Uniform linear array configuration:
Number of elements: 32
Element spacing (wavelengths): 0.75
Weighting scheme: blackman
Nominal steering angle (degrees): -45
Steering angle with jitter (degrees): -43.802
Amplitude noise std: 0.05
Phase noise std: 0.05

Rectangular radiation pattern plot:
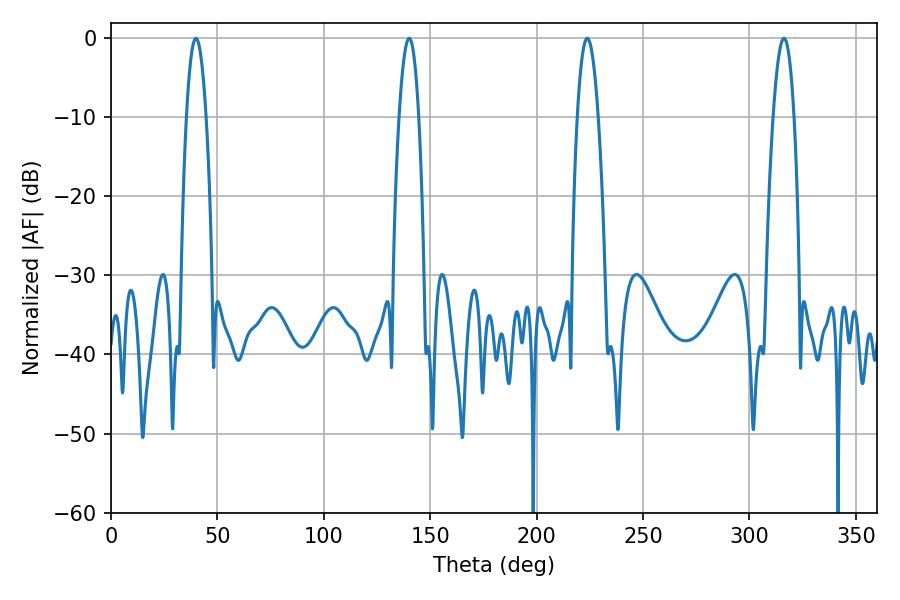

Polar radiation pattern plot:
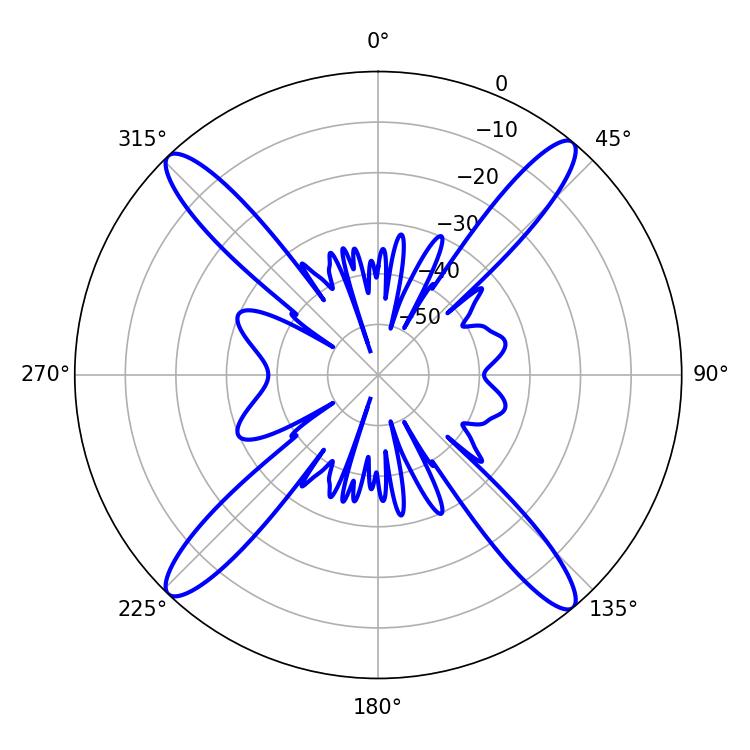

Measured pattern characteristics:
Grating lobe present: TRUE
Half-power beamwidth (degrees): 5.4
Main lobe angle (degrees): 223.74